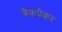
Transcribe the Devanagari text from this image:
बैकपैकर